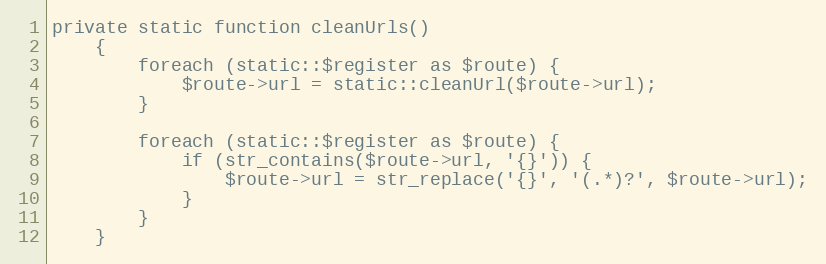
Language: PHP
private static function cleanUrls()
    {
        foreach (static::$register as $route) {
            $route->url = static::cleanUrl($route->url);
        }

        foreach (static::$register as $route) {
            if (str_contains($route->url, '{}')) {
                $route->url = str_replace('{}', '(.*)?', $route->url);
            }
        }
    }